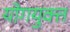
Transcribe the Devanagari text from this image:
योगयुक्त